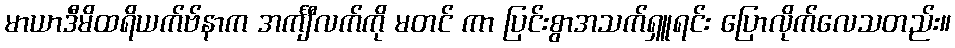
မာယာဒီမိထရိယက်ဗ်နာက အင်္ကျီလက်ကို မတင် ကာ ပြင်းစွာအသက်ရှူရင်း ပြောလိုက်လေသတည်း။